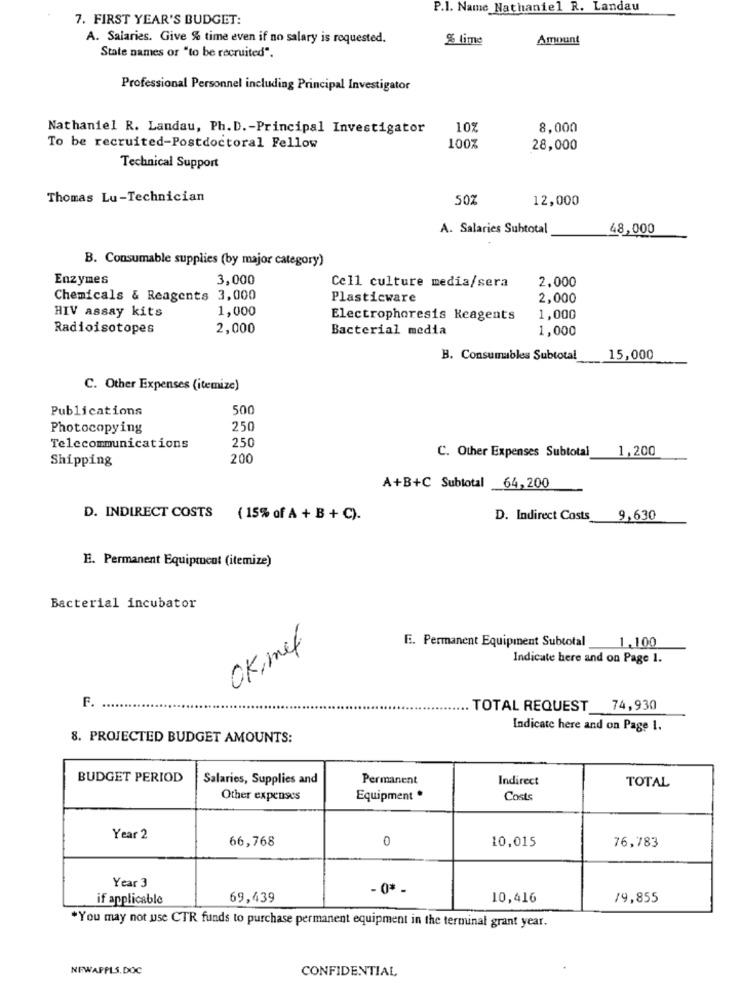
P.I. Name Nathaniel R. Landau
7. FIRST YEAR'S BUDGET:
A. Salaries. Give % time even if no salary is requested.
% lime
Amount
State names or "to be recruited".
Professional Personnel including Principal Investigator
Nathaniel R. Landau, Ph. D .- Principal Investigator
10%
8,000
To be recruited-Postdoctoral Fellow
100%
28,000
Technical Support
Thomas Lu-Technician
50%
12,000
A. Salaries Subtotal
48,000
B. Consumable supplies (by major category)
Enzymes
3,000
2.000
Cell culture media/sera
Chemicals & Reagents 3,000
Plasticware
2,000
HIV assay kits
1,000
Electrophoresis Keagents
1,000
Radioisotopes
2,000
Bacterial media
1,000
B. Consumables Subtotal
15,000
C. Other Expenses (itemize)
Publications
500
Photocopying
250
Telecommunications
250
C. Other Expenses Subtotal 1,200
Shipping
200
A+B+C Subtotal 64,200
D. INDIRECT COSTS
( 15% of A + B + C).
D. Indirect Costs 9,630
E. Permanent Equipment (itemize)
Bacterial incubator
OK,met
E. Permanent Equipment Subtotal
_1,100
Indicate here and on Page 1.
F. .
TOTAL REQUEST 74,930
Indicate here and on Page 1.
8. PROJECTED BUDGET AMOUNTS:
BUDGET PERIOD
Salaries, Supplies and
Permanent
Indirect
TOTAL
Other expenses
Equipment *
Costs
Year 2
66,768
0
10,015
76,783
Year 3
- 0* -
if applicable
69,439
10,416
/9,855
*You may not use CTR funds to purchase permanent equipment in the terminal grant year.
NEWAPPLS.DOC
CONFIDENTIAL